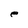
Character: e